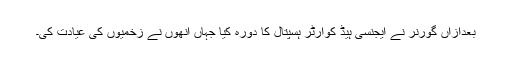
بعدازاں گورنر نے ایجنسی ہیڈ کوارٹر ہسپتال کا دورہ کیا جہاں انھوں نے زخمیوں کی عیادت کی۔